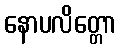
နောပလိတ္တော